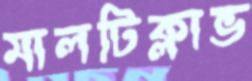
মালটিক্লাভ